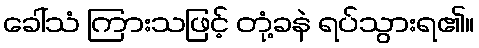
ခေါ်သံ ကြားသဖြင့် တုံ့ခနဲ ရပ်သွားရ၏။